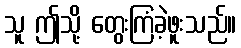
သူ ဤသို့ တွေးကြံခဲ့ဖူးသည်။